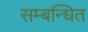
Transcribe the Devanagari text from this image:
सम्‍बन्‍धित